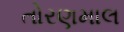
તોરણમાલ